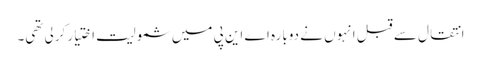
انتقال سے قبل انہوں نے دوبارہ اے این پی میں شمولیت اختیار کرلی تھی۔